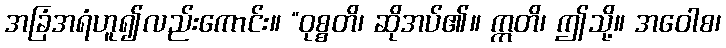
အခြံအရံဟူ၍လည်းကောင်း။ “ဝုစ္စတိ၊ ဆိုအပ်၏။ ဣတိ၊ ဤသို့။ အဝေါစ၊